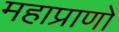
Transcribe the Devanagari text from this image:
महाप्राणों